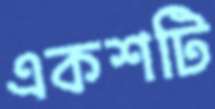
একশটি